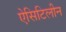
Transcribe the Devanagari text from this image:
ऐसिटिलीन